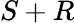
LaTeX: S+R